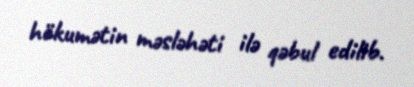
hökumətin məsləhəti ilə qəbul edilib.